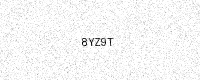
Text: 8YZ9T